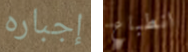
إجباره انطباع